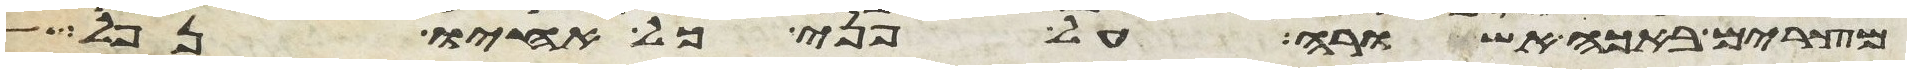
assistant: מצרים באכה אשורה על פני כל אחיו נפל